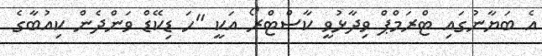
އެ ބަޔާނުގައި ޓްރަމްޕް ވިދާޅުވީ ކާސްޓްރޯ އަކީ "ހަ ޑިކޭޑް ވަންދެން ކިއުބާގެ